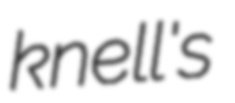
knell's